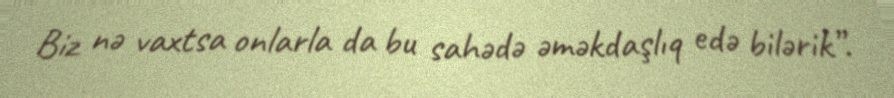
Biz nə vaxtsa onlarla da bu sahədə əməkdaşlıq edə bilərik”.